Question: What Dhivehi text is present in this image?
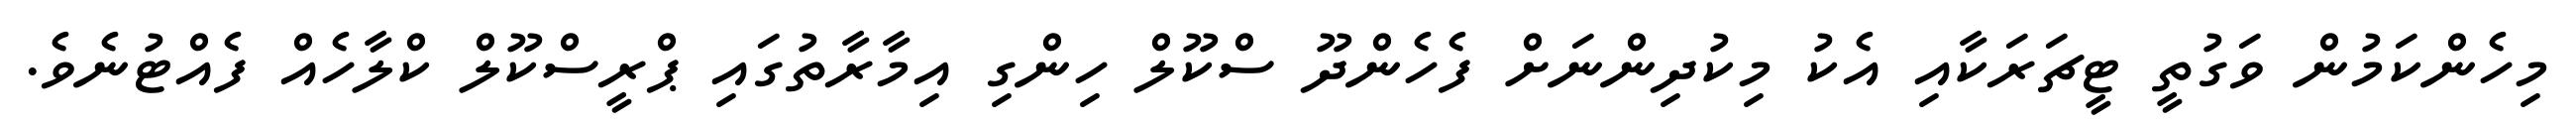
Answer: މިހެންކަމުން ވަގުތީ ޓީޗަރަކާއި އެކު މިކުދިންނަށް ފެހެންދޫ ސްކޫލް ހިންގި އިމާރާތުގައި ޕްރީސްކޫލް ކްލާހެއް ފެއްޓުނެވެ.